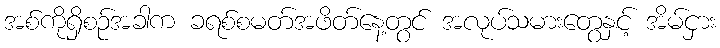
အစ်ကိုရှိစဉ်အခါက ခရစ်စမတ်အဖိတ်နေ့တွင် အလုပ်သမားတွေနှင့် အိမ်ငှား